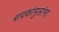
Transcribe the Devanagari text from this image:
बायकांमुलांना